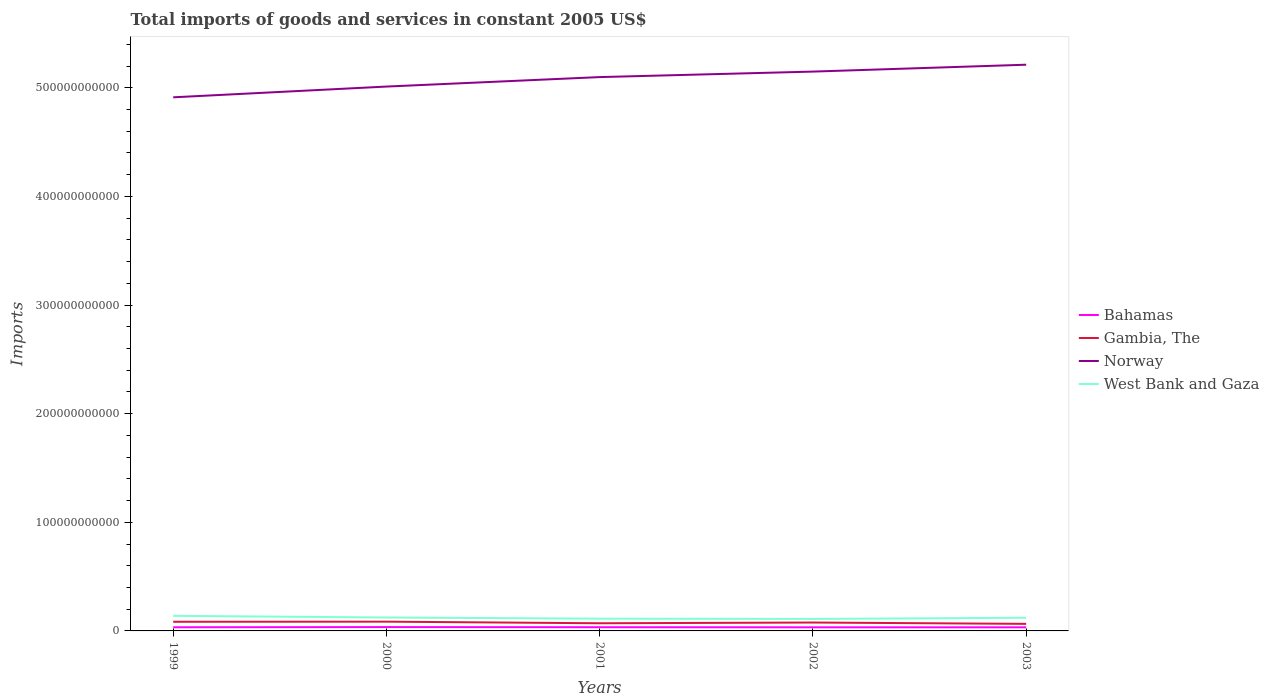
| Years | Bahamas | Gambia, The | Norway | West Bank and Gaza |
 | --- | --- | --- | --- | --- |
 | 1999 | 3.36e+09 | 8.42e+09 | 4.91e+11 | 1.39e+10 |
 | 2000 | 3.54e+09 | 8.52e+09 | 5.01e+11 | 1.24e+10 |
 | 2001 | 3.41e+09 | 7.05e+09 | 5.1e+11 | 1.13e+10 |
 | 2002 | 3.32e+09 | 7.72e+09 | 5.15e+11 | 1.1e+10 |
 | 2003 | 3.33e+09 | 6.5e+09 | 5.21e+11 | 1.21e+10 |